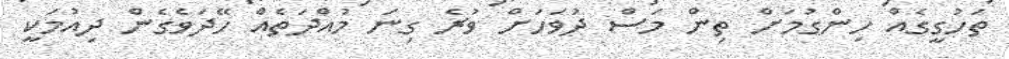
ތަހުގީގެއް ހިންގުމަށް ތިން މަސް ދުވަހަށް ވުރެ ގިނަ މުއްދަތެއް ހޭދަވެގެން ދިއުމަކީ